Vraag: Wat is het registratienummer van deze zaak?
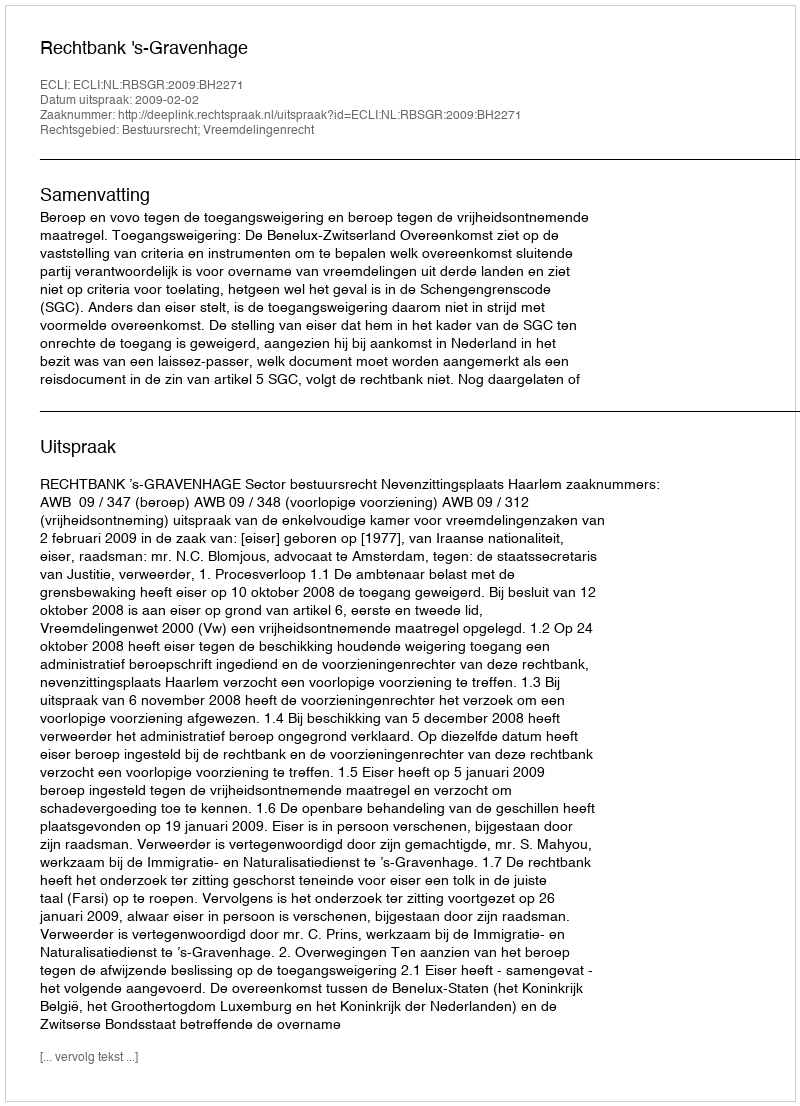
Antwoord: http://deeplink.rechtspraak.nl/uitspraak?id=ECLI:NL:RBSGR:2009:BH2271